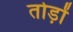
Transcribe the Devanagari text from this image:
तोड़ों